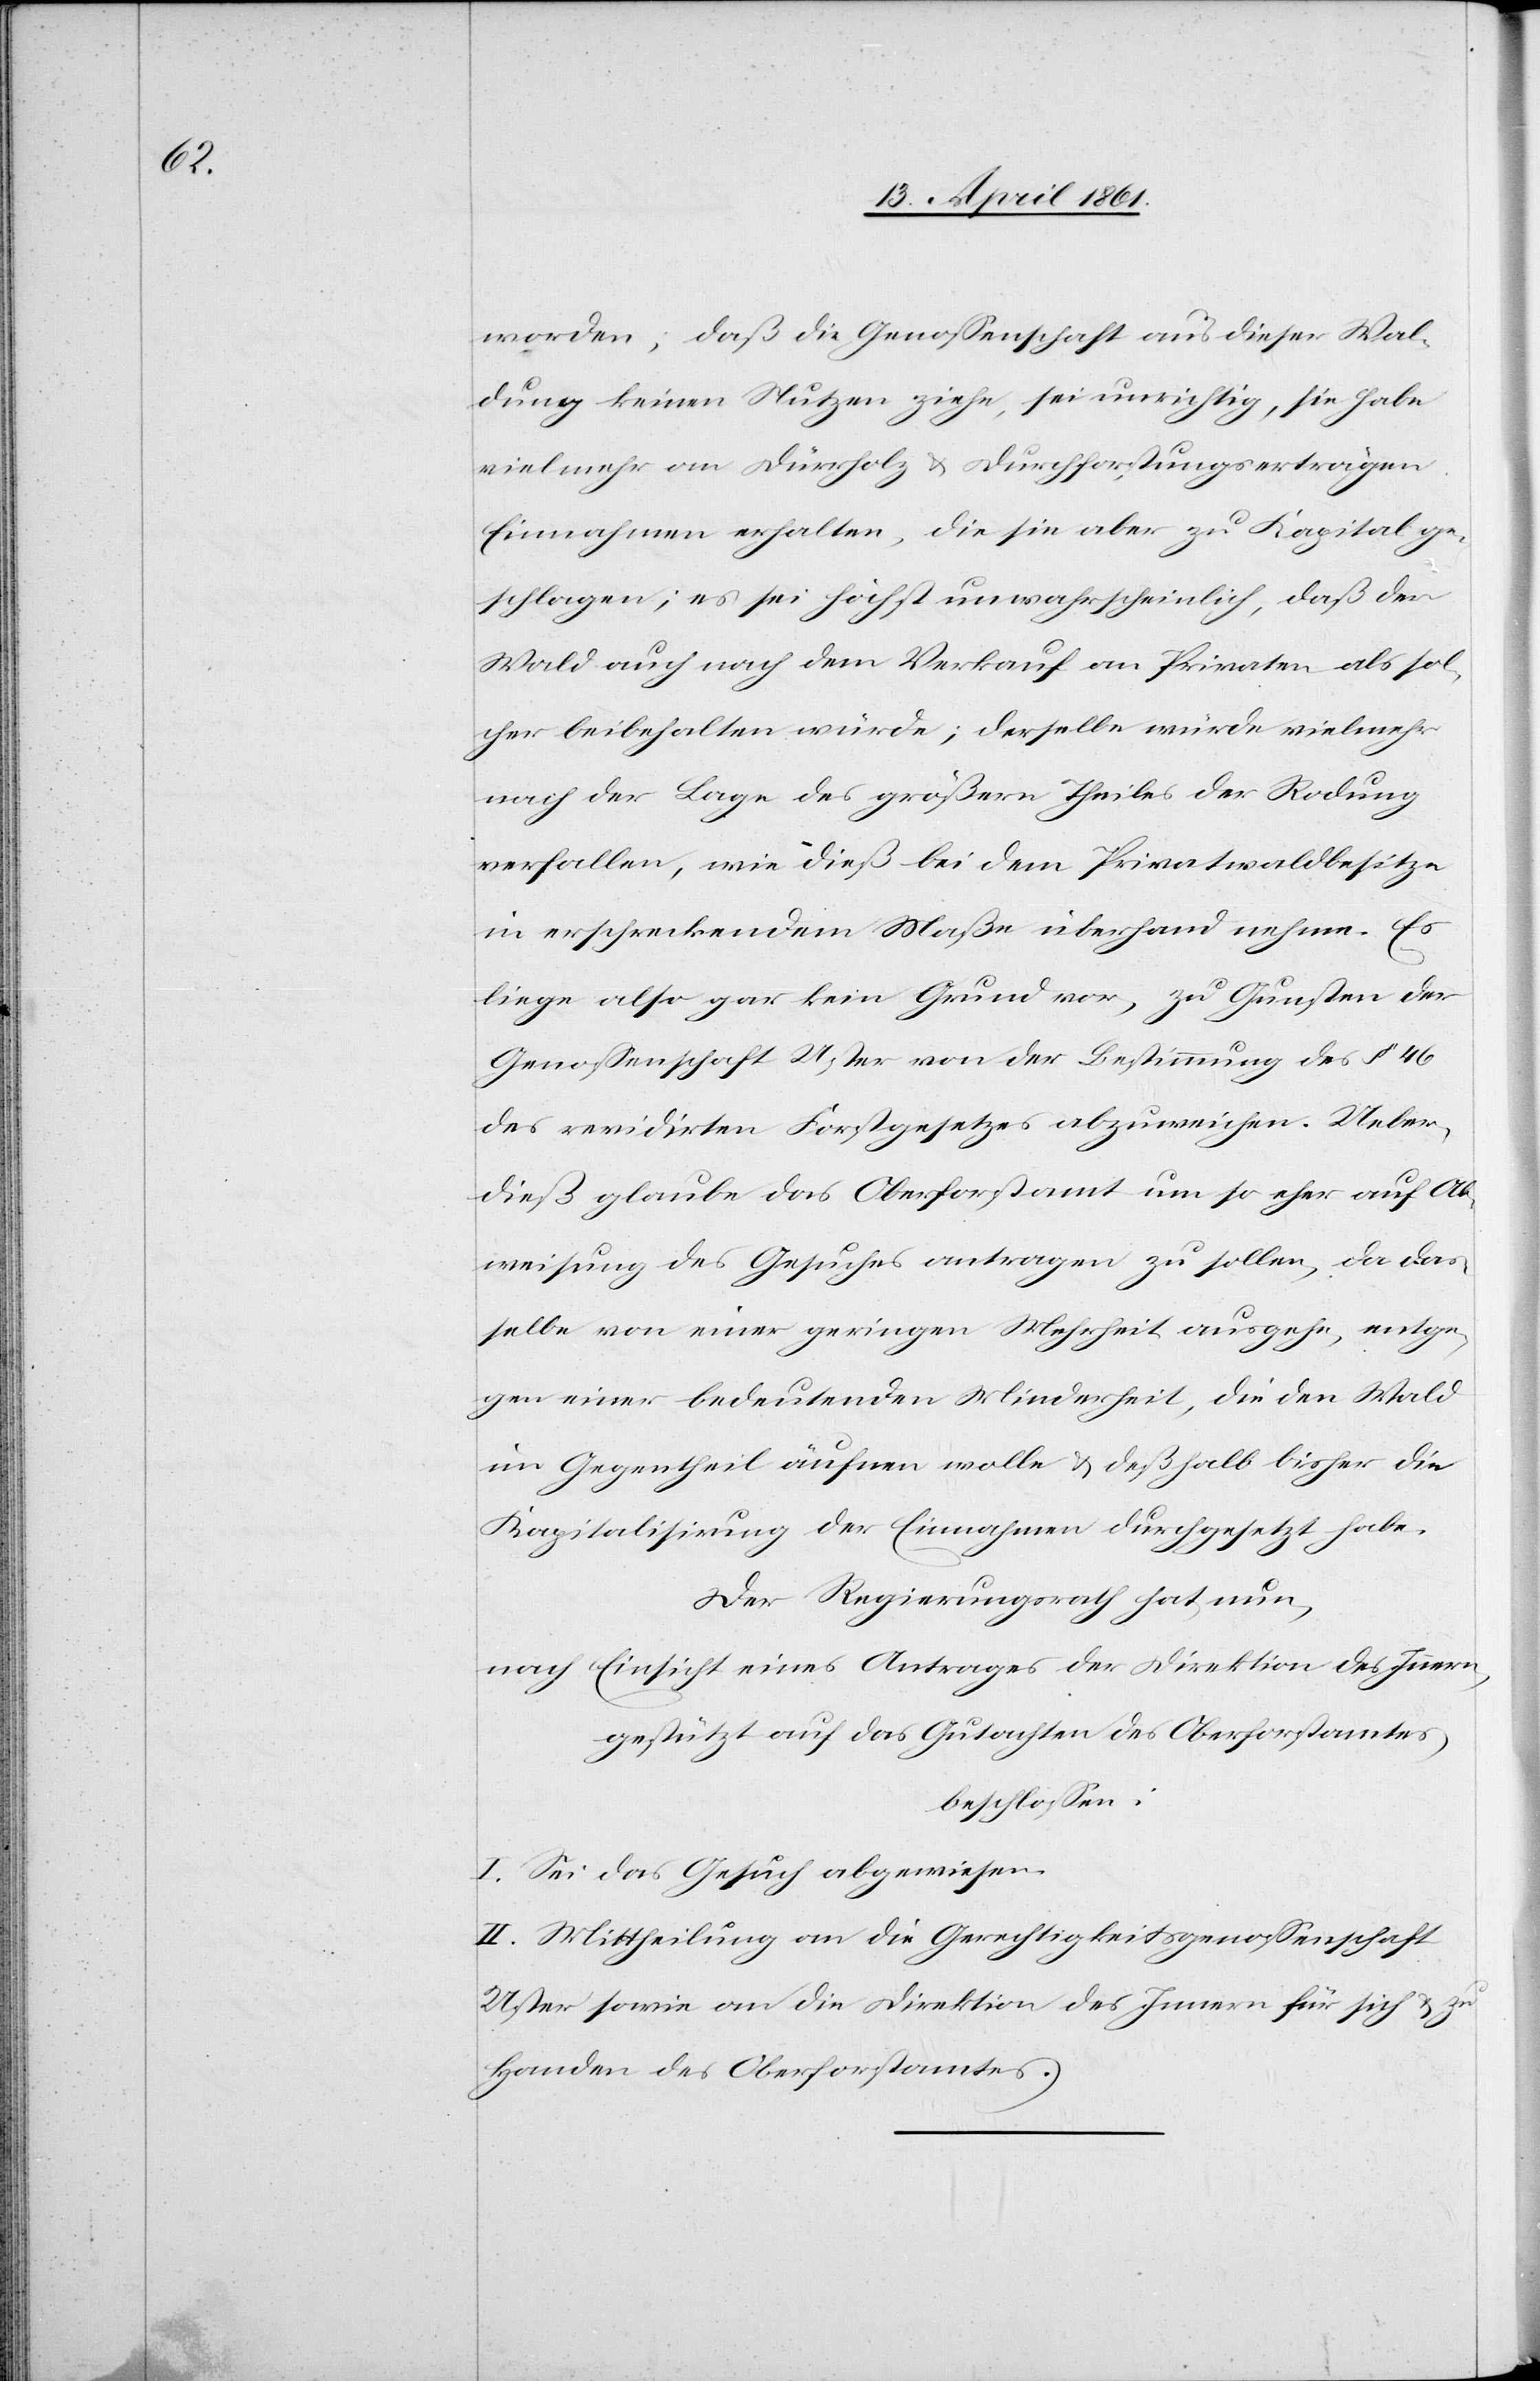
worden, daß die Genossenschaft aus dieser Wal¬
dung keinen Nutzen ziehe, sei unrichtig, sie habe
vielmehr an Dürrholz u. Durchforstungserträgen
Einnahmen erhalten, die sie aber zu Kapital ge¬
schlagen; es sei höchst unwahrscheinlich, daß der
Wald auch nach dem Verkauf an Privaten als sol¬
cher beibehalten würde; derselbe würde vielmehr
nach der Lage des größern Theiles der Rodung
verfallen, wie dieß bei dem Privatwaldbesitze
in erschreckendem Maße überhand nehme. Es
liege also gar kein Grund vor, zu Gunsten der
Genossenschaft Uster von der Bestimmung des § 46
des revidirten Forstgesetzes abzuweichen. Ueber¬
dieß glaube das Oberforstamt um so eher auf Ab¬
weisung des Gesuches antragen zu sollen, da das¬
selbe von einer geringen Mehrheit ausgehe, entge¬
gen einer bedeutenden Minderheit, die den Wald
im Gegenteil äufnen wolle u. deßhalb bisher die
Kapitalisirung der Einnahmen durchgesetzt habe.
Der Regierungsrath hat nun,
nach Einsicht eines Antrages der Direktion des Innern,
gestützt auf das Gutachten des Oberforstamtes
beschlossen:
I. Sei das Gesuch abgewiesen.
II. Mittheilung an die Gerechtigkeitsgenossenschaft
Uster sowie an die Direktion des Innern für sich u. zu
Handen des Oberforstamtes.